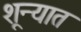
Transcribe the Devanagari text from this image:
शून्यात